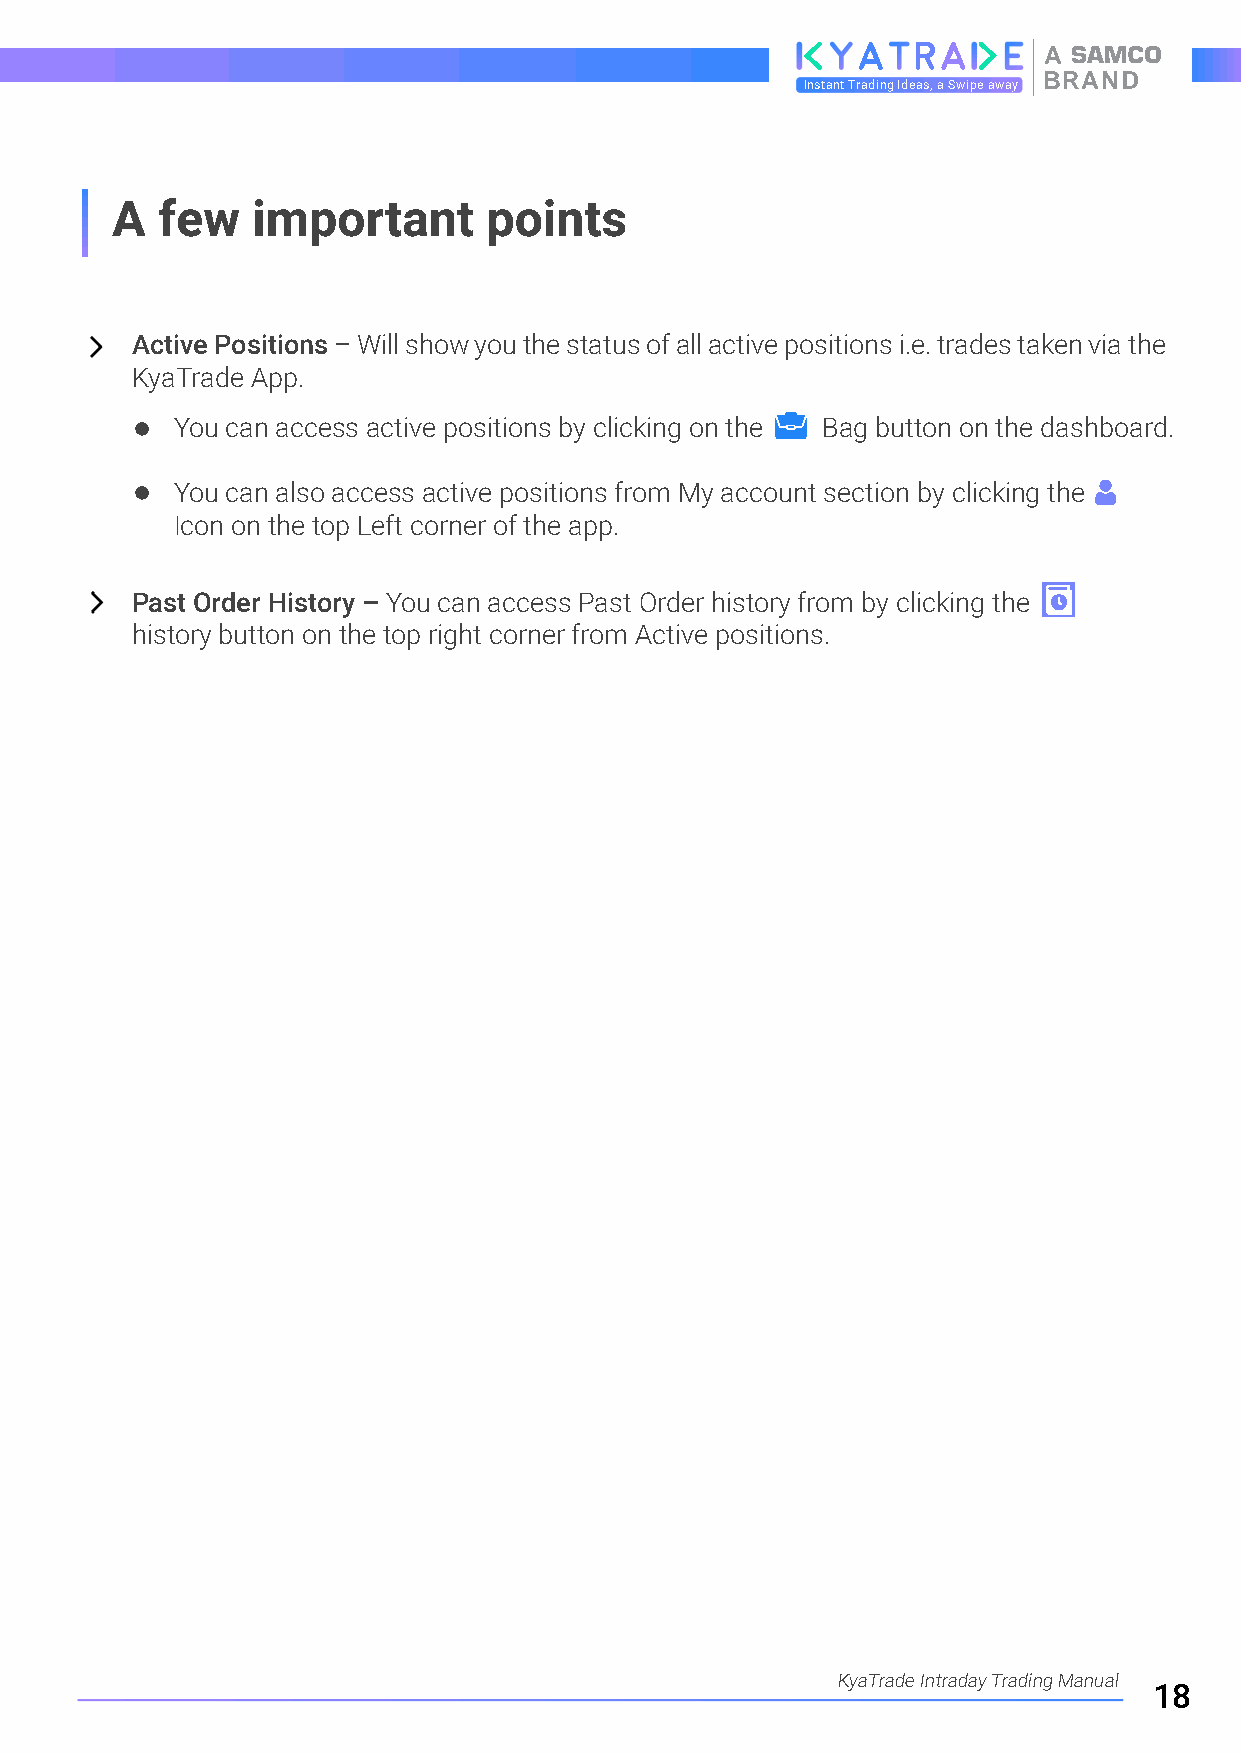
A
 BRAND
 Instant Trading Ideas, a Swipe away
 A  few    important      points
 Active Positions – Will show you the status of all active positions i.e. trades taken via the
 KyaTrade App.
 You can access active positions by clicking on the Bag button on the dashboard.
 You can also access active positions from My account section by clicking the
 Icon on the top Left corner of the app.
 Past Order History – You can access Past Order history from by clicking the
 history button on the top right corner from Active positions.
 KyaTrade Intraday Trading Manual
 18